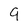
Character: 9